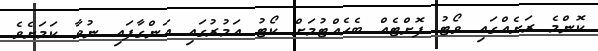
ކޮންމެ ރަށެއްގައި ވޯޓު ފޮށްޓެއް ބެހެއްޓުމަށް ކޯޓު އަމުރުގައި އަންގާފައި ނުވާ ކަމަށެވެ.